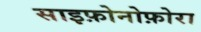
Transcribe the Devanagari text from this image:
साइफ़ोनोफ़ोरा